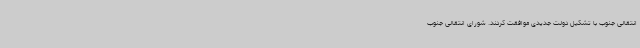
انتقالی جنوب با تشکیل دولت جدیدی موافقت کردند. شورای انتقالی جنوب